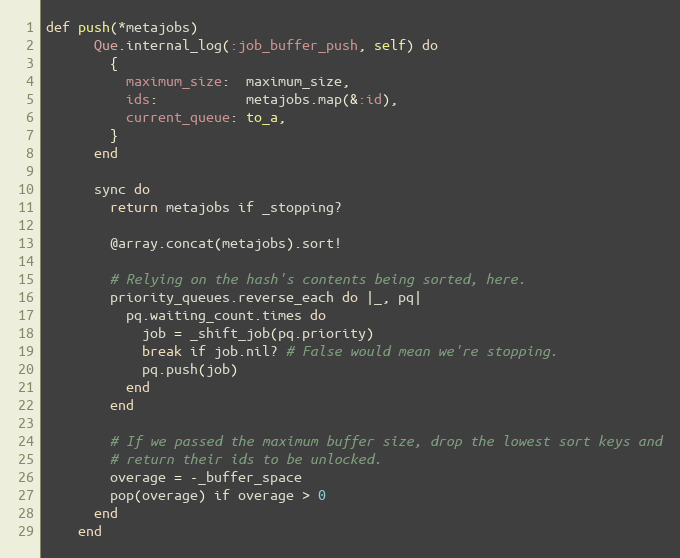
Language: Ruby
def push(*metajobs)
      Que.internal_log(:job_buffer_push, self) do
        {
          maximum_size:  maximum_size,
          ids:           metajobs.map(&:id),
          current_queue: to_a,
        }
      end

      sync do
        return metajobs if _stopping?

        @array.concat(metajobs).sort!

        # Relying on the hash's contents being sorted, here.
        priority_queues.reverse_each do |_, pq|
          pq.waiting_count.times do
            job = _shift_job(pq.priority)
            break if job.nil? # False would mean we're stopping.
            pq.push(job)
          end
        end

        # If we passed the maximum buffer size, drop the lowest sort keys and
        # return their ids to be unlocked.
        overage = -_buffer_space
        pop(overage) if overage > 0
      end
    end